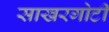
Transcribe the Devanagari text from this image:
साखरगोटी